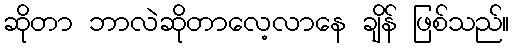
ဆိုတာ ဘာလဲဆိုတာလေ့လာနေ ချိန် ဖြစ်သည်။